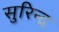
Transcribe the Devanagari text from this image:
सुरिन्द्र